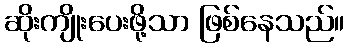
ဆိုးကျိုးပေးဖို့သာ ဖြစ်နေသည်။